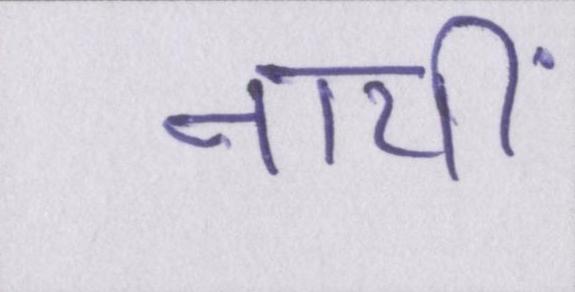
नायीं